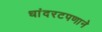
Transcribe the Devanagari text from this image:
धांदरटपणाने